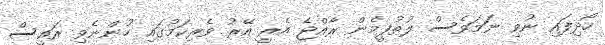
ހޯދިފައި ނުވި ނަމަވެސް ލުތުފީމެން ރާއްޖެ އެރީ އޭރު ވެރިކަމުގައި ހުންނެވި ރައީސް